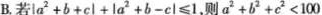
B.若$$\left | a ^ { 2 } + b + c \right | + \left | a ^ { 2 } + b - c \right | ≤ 1$$,则$$a ^ { 2 } + b ^ { 2} + c ^ { 2 }< 1 0 0$$